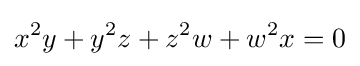
x^{2}y+y^{2}z+z^{2}w+w^{2}x=0